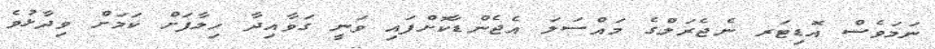
ނަމަވެސް އޮޑިޓަރ ނެޖެރަލްގެ މައްސަލަ އެޖެންޑާކޮށްފައި ވަނީ ގަވާއިދާ ހިލާފަށް ކަމަށް ވިދާޅުވެ